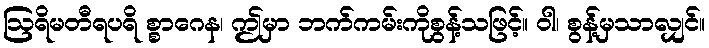
ဩရိမတီရပရိ စ္စာဂေန၊ ဤမှာ ဘက်ကမ်းကိုစွန့်သဖြင့်။ ဝါ၊ စွန့်မှသာလျှင်။